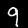
Label: 9